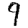
Digit: 9